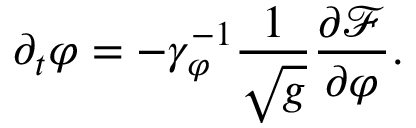
\partial _ { t } \varphi = - \gamma _ { \varphi } ^ { - 1 } \frac { 1 } { \sqrt { g } } \ensuremath { \frac { \partial \mathcal F } { \partial \varphi } } .